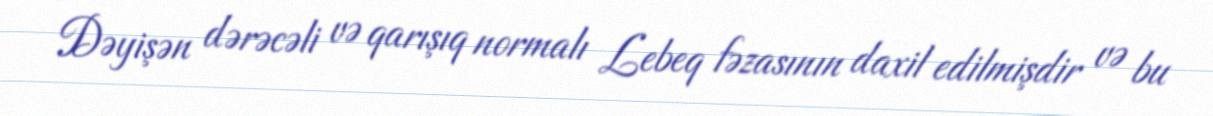
Dəyişən dərəcəli və qarışıq normalı Lebeq fəzasının daxil edilmişdir və bu